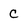
Character: C